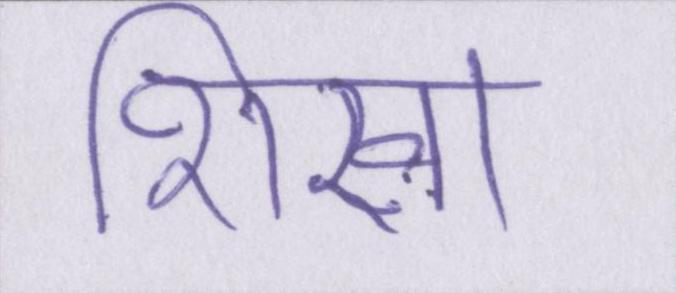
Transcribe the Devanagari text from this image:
शिखा